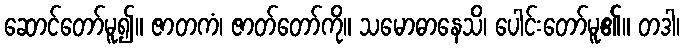
ဆောင်တော်မူ၍။ ဇာတကံ၊ ဇာတ်တော်ကို။ သမောဓာနေသိ၊ ပေါင်းတော်မူ၏။ တဒါ၊